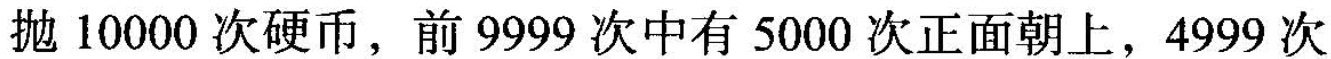
抛10000次硬币，前9999次中有5000次正面朝上，4999次